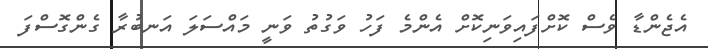
އެޖެންޑާ ވެސް ކޮށްފައިވަނިކޮށް އެންމެ ފަހު ވަގުތު ވަނީ މައްސަލަ އަނބުރާ ގެންގޮސްފަ